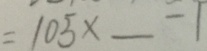
= 1 0 5 \times \_ - 1